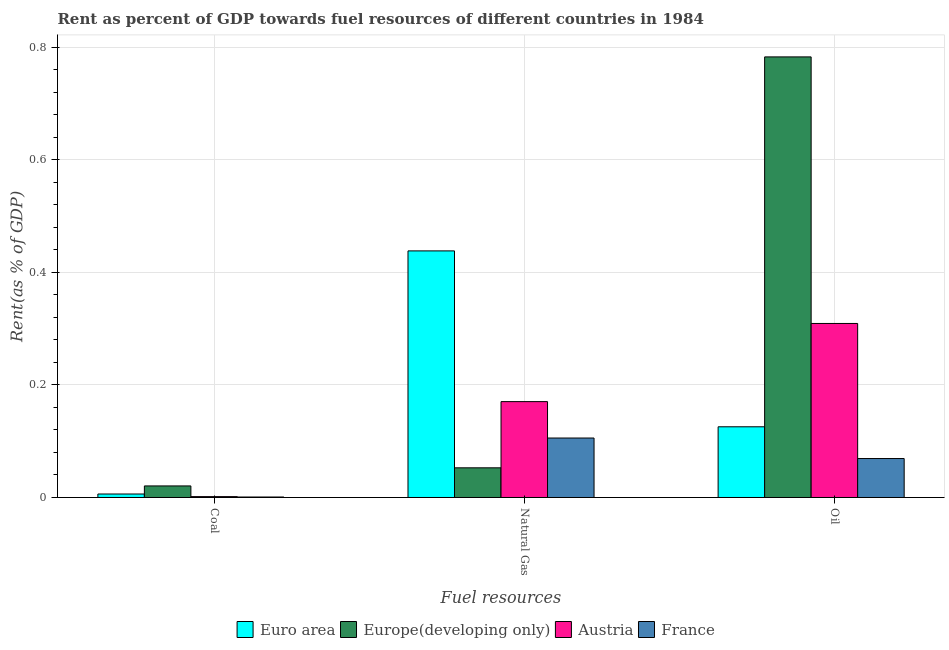
| Fuel resources | Euro area | Europe(developing only) | Austria | France |
 | --- | --- | --- | --- | --- |
 | Coal | 0.00618 | 0.0205 | 0.00154 | 0.000843 |
 | Natural Gas | 0.438 | 0.0527 | 0.17 | 0.106 |
 | Oil | 0.126 | 0.783 | 0.309 | 0.0692 |